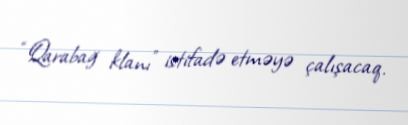
“Qarabağ klanı” istifadə etməyə çalışacaq.